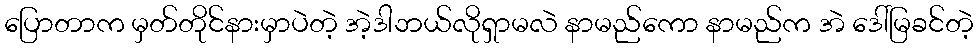
ပြောတာက မှတ်တိုင်နားမှာပဲတဲ့ အဲ့ဒါဘယ်လိုရှာမလဲ နာမည်ကော နာမည်က အဲ ဒေါ်မြခင်တဲ့